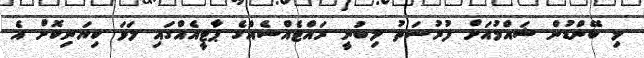
މި ބޭންޑުން ޝައްމުއަށް ފުރުސަތު ލިބުނީ ރައްޓެއްސެއްގެ ޕާޓީއެއްގައި ލަވަ ކިޔަނިކޮށް އެ